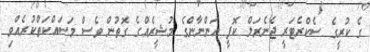
ގެ ކުރީގެ ސެކްރެޓަރީ ޖެނެރަލް ކޮފީ އަންނާންގެ މުޝީރެއްގެ ގޮތުން ވެސް މަސައްކަތްކުރެއްވި